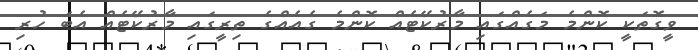
ވީގޮތަކީ ކޮންމެ މަގެއްގައި މާރުކޭޓެއް ކޮންމެ ގެއެއްގެ ތިރީގައި މާރުކޭޓެއް އެބަ ހުރި